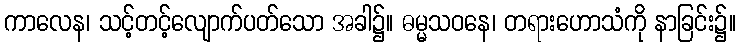
ကာလေန၊ သင့်တင့်လျောက်ပတ်သော အခါ၌။ ဓမ္မသဝနေ၊ တရားဟောသံကို နာခြင်း၌။